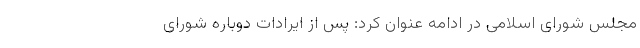
مجلس شورای اسلامی در ادامه عنوان کرد: پس از ایرادات دوباره شورای